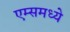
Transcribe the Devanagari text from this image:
एम्समध्ये